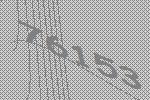
76153